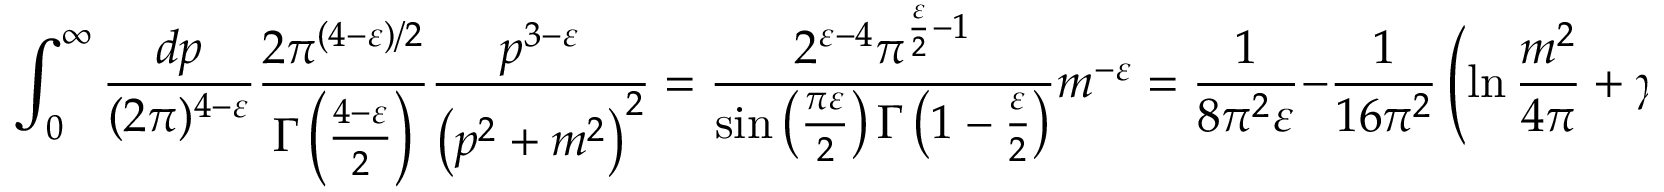
\int _ { 0 } ^ { \infty } { \frac { d p } { ( 2 \pi ) ^ { 4 - \varepsilon } } } { \frac { 2 \pi ^ { ( 4 - \varepsilon ) / 2 } } { \Gamma \left( { \frac { 4 - \varepsilon } { 2 } } \right) } } { \frac { p ^ { 3 - \varepsilon } } { \left( p ^ { 2 } + m ^ { 2 } \right) ^ { 2 } } } = { \frac { 2 ^ { \varepsilon - 4 } \pi ^ { { \frac { \varepsilon } { 2 } } - 1 } } { \sin \left( { \frac { \pi \varepsilon } { 2 } } \right) \Gamma \left( 1 - { \frac { \varepsilon } { 2 } } \right) } } m ^ { - \varepsilon } = { \frac { 1 } { 8 \pi ^ { 2 } \varepsilon } } - { \frac { 1 } { 1 6 \pi ^ { 2 } } } \left( \ln { \frac { m ^ { 2 } } { 4 \pi } } + \gamma \right) + { \mathcal { O } } ( \varepsilon ) .